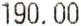
190.00